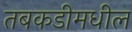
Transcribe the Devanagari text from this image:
तबकडीमधील